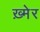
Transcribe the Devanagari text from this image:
ख़्मेर